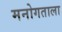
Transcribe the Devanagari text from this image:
मनोगताला